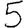
Digit: 5